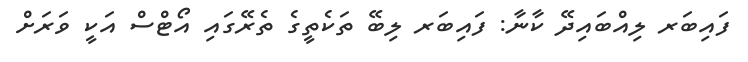
ފައިބަރ ލިއްބައިދޭ ކާނާ: ފައިބަރ ލިބޭ ތަކެތީގެ ތެރޭގައި އޯޓްސް އަކީ ވަރަށް